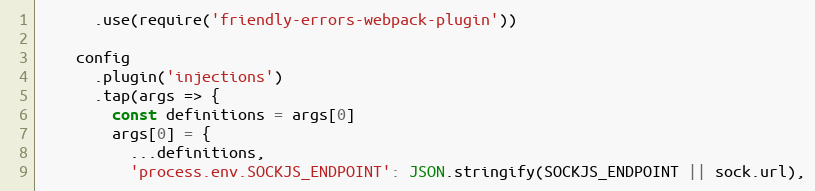
Language: JavaScript
      .use(require('friendly-errors-webpack-plugin'))

    config
      .plugin('injections')
      .tap(args => {
        const definitions = args[0]
        args[0] = {
          ...definitions,
          'process.env.SOCKJS_ENDPOINT': JSON.stringify(SOCKJS_ENDPOINT || sock.url),